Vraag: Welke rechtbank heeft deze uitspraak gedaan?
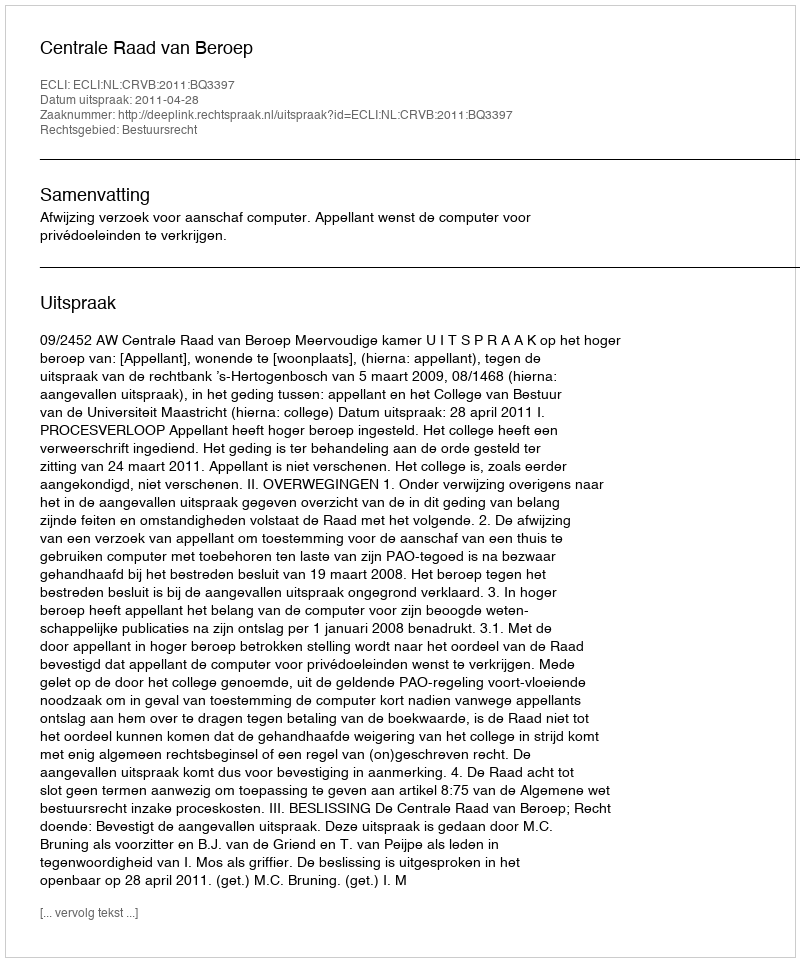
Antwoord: Centrale Raad van Beroep